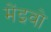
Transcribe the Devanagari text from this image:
मेंइवो